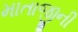
માતાજીની